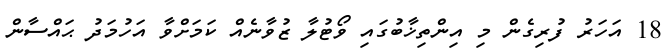
18 އަހަރު ފުރިގެން މި އިންތިޚާބުގައި ވޯޓުލާ ޒުވާނެއް ކަމަށްވާ އަހުމަދު ޙައްސާން